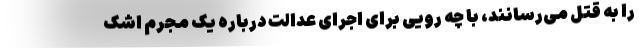
را به قتل می‌رسانند، با چه رویی برای اجرای عدالت درباره یک مجرم اشک